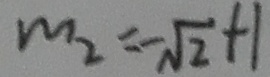
m _ { 2 } = - \sqrt { 2 } + 1